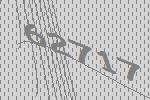
62717